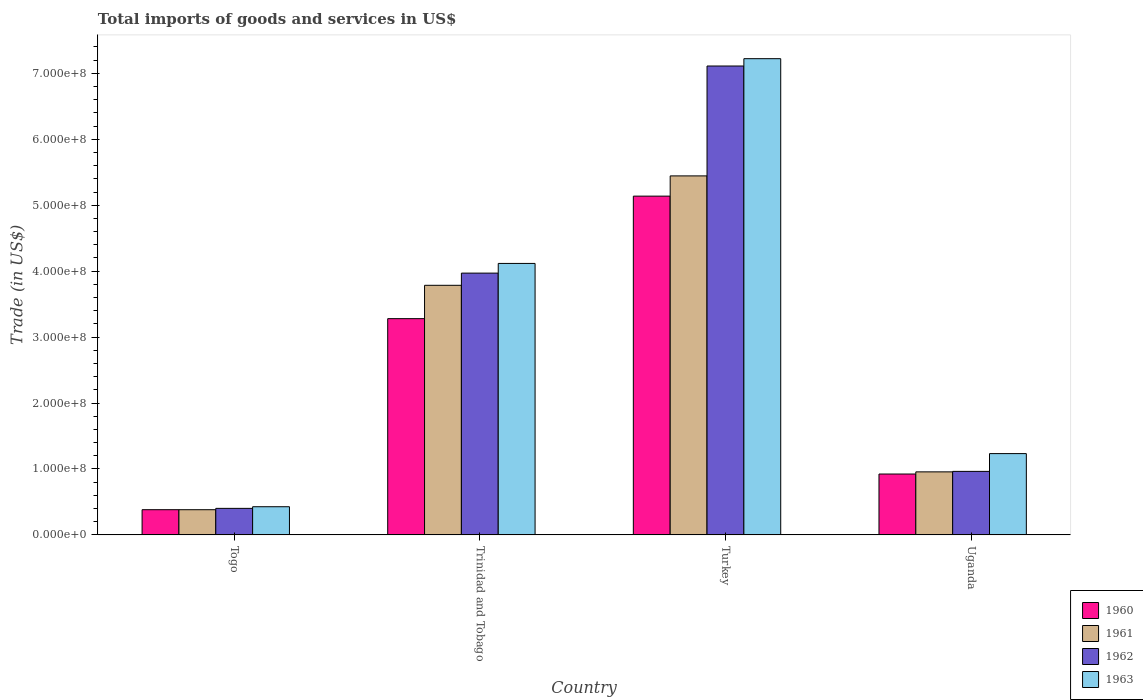
| Country | 1960 | 1961 | 1962 | 1963 |
 | --- | --- | --- | --- | --- |
 | Togo | 3.82e+07 | 3.82e+07 | 4.02e+07 | 4.27e+07 |
 | Trinidad and Tobago | 3.28e+08 | 3.79e+08 | 3.97e+08 | 4.12e+08 |
 | Turkey | 5.14e+08 | 5.44e+08 | 7.11e+08 | 7.22e+08 |
 | Uganda | 9.23e+07 | 9.56e+07 | 9.63e+07 | 1.23e+08 |